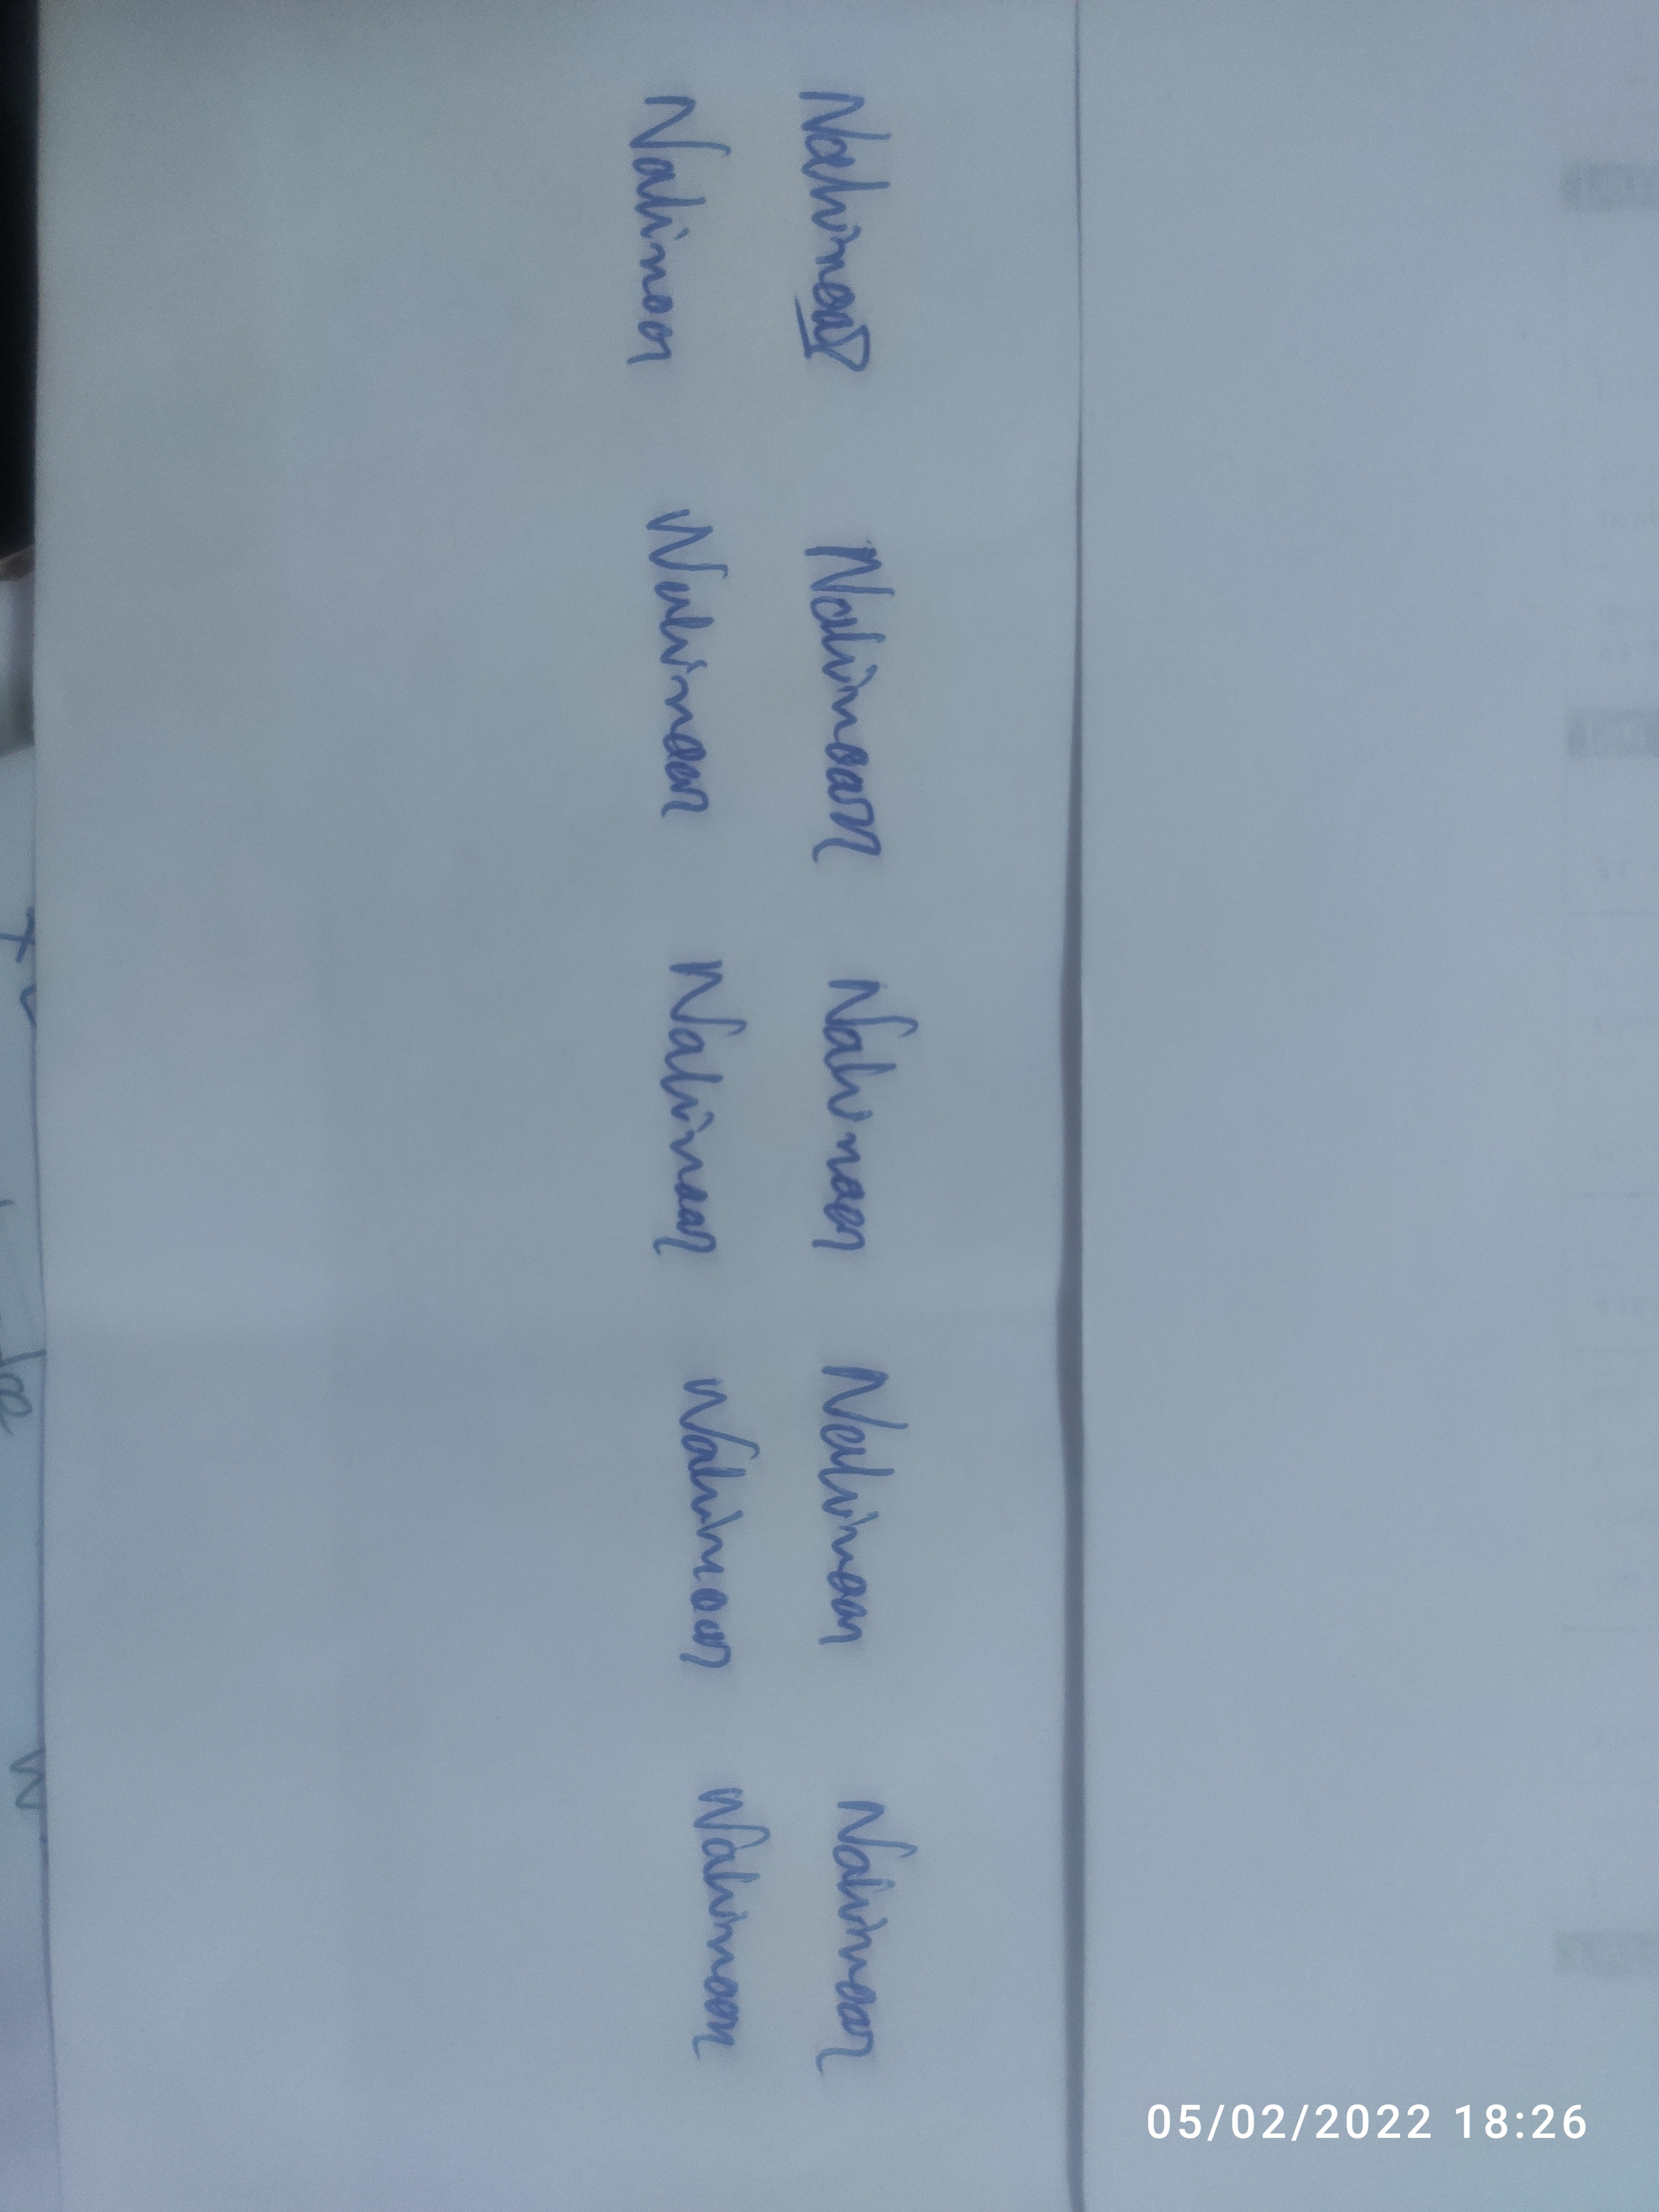
Signature authenticity: genuine